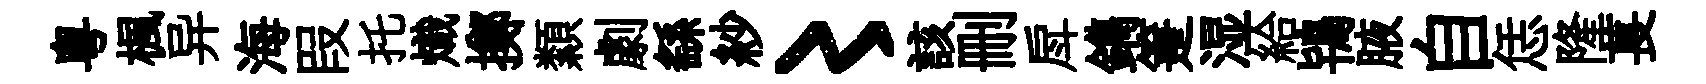
粤楓异海叚托熾擲纇劇繇紗〻該删戽鐫箑湿給鴇腋自恁隆萇